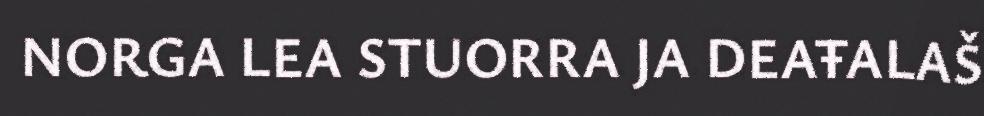
NORGA LEA STUORRA JA DEAŦALAŠ